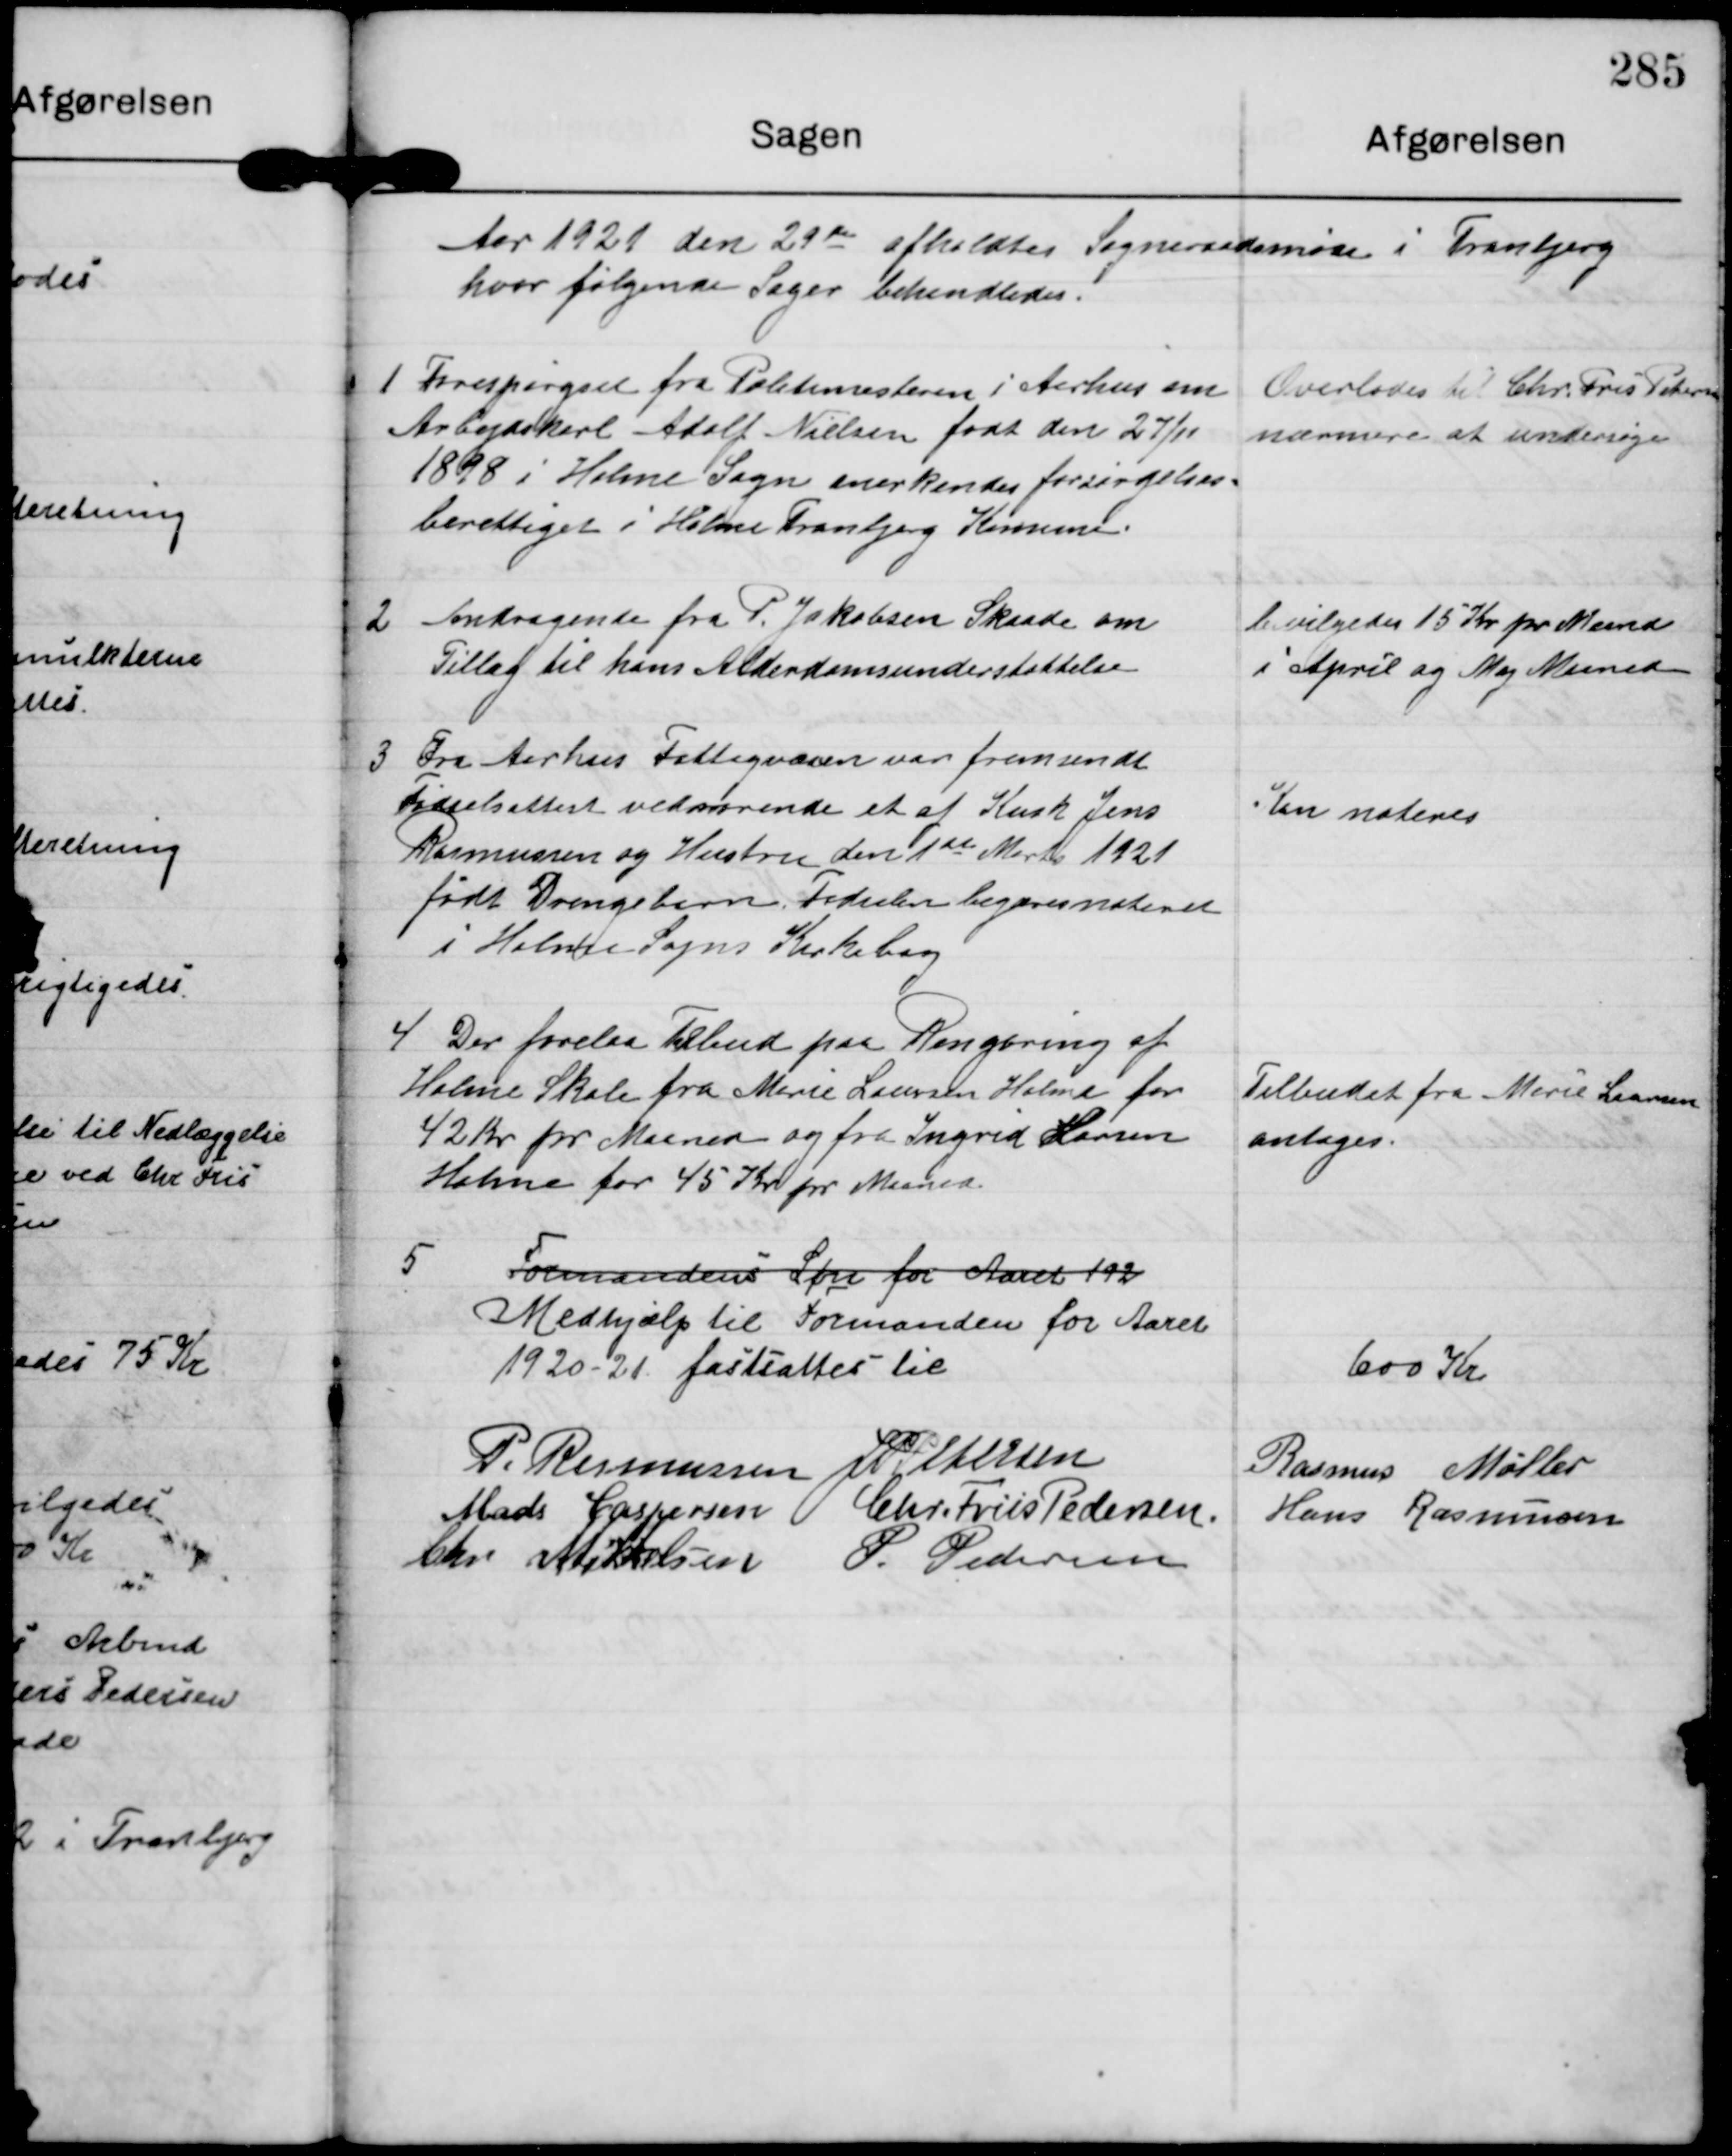
Transskription:
Aar 1921 den 29d afholdtes Sogneraadsmøse i Tranbjerg
hvor følgende Sager behandledes.

1

Soespergsel fra Poltimisteren i Aerhus om
Arbejdskaal Adalf Nielsen født den 27/17
1898 i Holme Sogn anerkendes forsørgelses-
berettiget i Holme Tranbjerg Komne

Ovenlodes i Chr. Fris Pekern
nævmere at underrøge

d

Andragende fra P Jokobsen Skrade om
Tillag til hans Alderdomsunderstøttelse

b vilgedes 15 Kr pr Maand
i April og Maj Mirned

3

Fra Aerhus Fattigvæsen var fremsendt
Sydselsattert vedørende et at Kusk Jens
Rasmussen og Hustru den 1st Mart 1921
født Drengebirn Iidselen begærisnsteret.
i Holme Sogns Kirkebog

Kan noteres

4

5 Der forelaa Tilbud paa Ningring af
Holme Skole fra Mirie Laursen Holme for
42 Kr for Marned og fra Ingrid Harsen
Holme for 45 Kr pr Muned

Tilbudet fra Mirie Laarsen
antages.

5

Formanden Sfri for Haret for
GMedhjalp til Formanden for Aaret
192021 fastsattes til

600 Kr.

P Rasmussen J P Pedersen
Rasmus Møller
Mads Caspersen O Chr. Friis Pedersen Hans Rasmussen
Chr Mi kelsen P. Pedersen